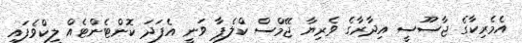
އެމެރިކާގެ ޖާސޫސީ އިދާރާގެ ވެރިޔާ ޖޭމްސް ކްލެޕާ ވަނީ އެފަދަ ކޮންޓެންޓެއް ލީކްވެފައި